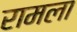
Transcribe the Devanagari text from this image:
रामला